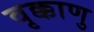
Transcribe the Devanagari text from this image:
वृक्काणु